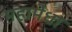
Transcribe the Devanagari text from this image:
महामेधा